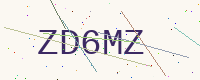
Text: ZD6MZ